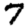
Digit: 7